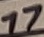
Text: 17